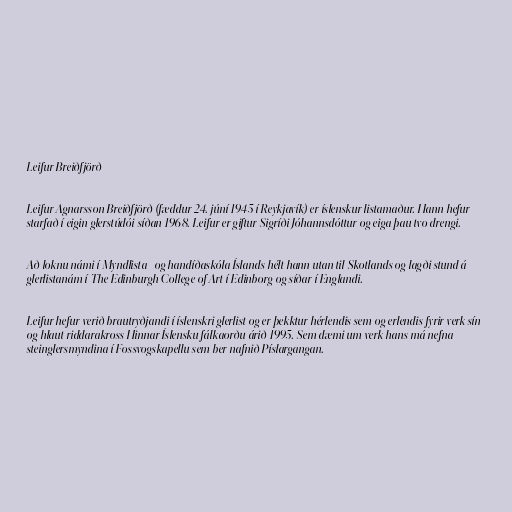
Leifur Breiðfjörð

Leifur Agnarsson Breiðfjörð (fæddur 24. júní 1945 í Reykjavík) er íslenskur listamaður. Hann hefur
starfað í eigin glerstúdói síðan 1968. Leifur er giftur Sigríði Jóhannsdóttur og eiga þau tvo drengi.

Að loknu námi í Myndlista- og handíðaskóla Íslands hélt hann utan til Skotlands og lagði stund á
glerlistanám í The Edinburgh College of Art í Edinborg og síðar í Englandi.

Leifur hefur verið brautryðjandi í íslenskri glerlist og er þekktur hérlendis sem og erlendis fyrir verk sín
og hlaut riddarakross Hinnar Íslensku fálkaorðu árið 1995. Sem dæmi um verk hans má nefna
steinglersmyndina í Fossvogskapellu sem ber nafnið Píslargangan.